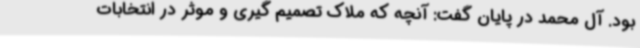
بود. آل محمد در پایان گفت: آنچه که ملاک تصمیم گیری و موثر در انتخابات